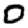
Digit: 0